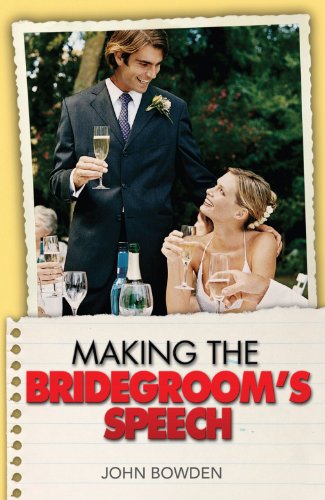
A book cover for The Things That Really Matter About Making the Bridegroom's Speech (Essentials); John Bowden; Crafts, Hobbies & Home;